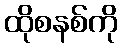
ထိုစနစ်ကို